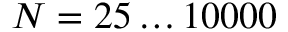
N = 2 5 \ldots 1 0 0 0 0